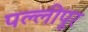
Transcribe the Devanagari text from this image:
पल्लीपूर